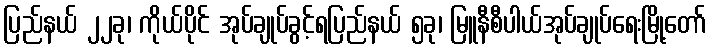
ပြည်နယ် ၂၂ခု၊ ကိုယ်ပိုင် အုပ်ချုပ်ခွင့်ရပြည်နယ် ၅ခု၊ မြူနီစီပါယ်အုပ်ချုပ်ရေးမြို့တော်